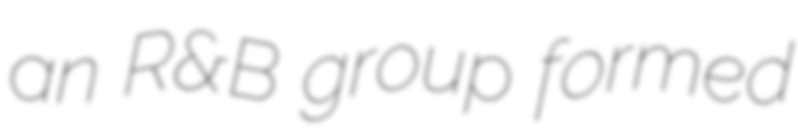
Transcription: an R&B group formed